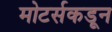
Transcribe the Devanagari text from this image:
मोटर्सकडून